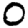
Digit: 0